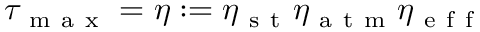
\tau _ { \mathrm { ~ m ~ a ~ x ~ } } = \eta : = \eta _ { \mathrm { ~ s ~ t ~ } } \eta _ { \mathrm { ~ a ~ t ~ m ~ } } \eta _ { \mathrm { ~ e ~ f ~ f ~ } }